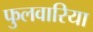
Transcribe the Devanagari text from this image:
फुलवारिया